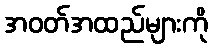
အဝတ်အထည်များကို